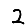
Digit: 2